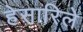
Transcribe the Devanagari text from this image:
हेसारिले